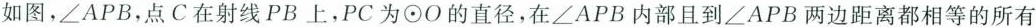
如图，∠APB，点C在射线PB上，PC为\odot O的直径，在∠APB内部且到∠APB两边距离都相等的所有